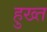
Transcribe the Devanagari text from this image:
हुख्त